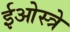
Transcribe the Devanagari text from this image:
ईओस्त्रे